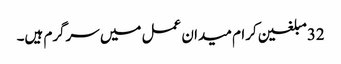
32مبلغین کرام میدان عمل میں سرگرم ہیں۔